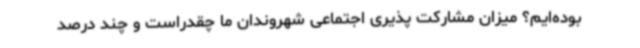
بوده‌ایم؟ میزان مشارکت پذیری اجتماعی شهروندان ما چقدراست و چند درصد